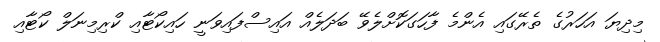
މިދިޔަ އަހަރުގެ ތެރޭގައި އެންމެ ފާހަގަކޮށްލެވޭ ބަދަލެއް އައިސްފައިވަނީ ހައިކޯޓާއި ކްރިމިނަލް ކޯޓާއި